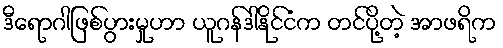
ဒီရောဂါဖြစ်ပွားမှုဟာ ယူဂန်ဒါနိုင်ငံက တင်ပို့တဲ့ အာဖရိက